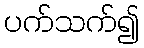
ပက်သက်၍